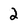
Character: 2